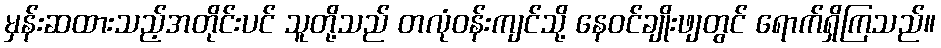
မှန်းဆထားသည့်အတိုင်းပင် သူတို့သည် တလုံဝန်းကျင်သို့ နေဝင်ချိုးဖျတွင် ရောက်ရှိကြသည်။